Vaccination in Bombay 1913-1923 - 1913-1923
Year: 1913
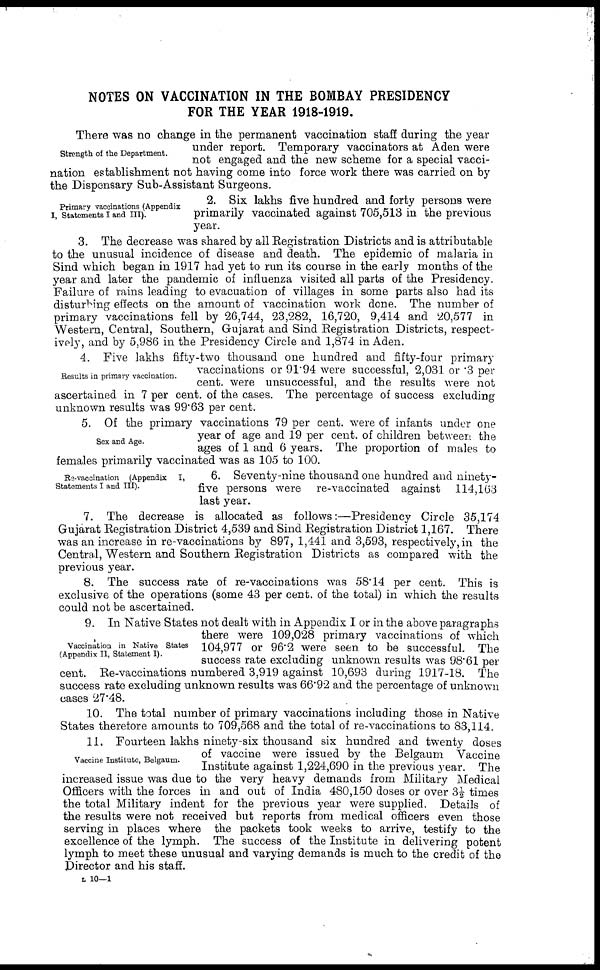
NOTES ON VACCINATION IN THE BOMBAY PRESIDENCY
FOR THE YEAR 1918-1919.
Strength of the Department.
There was no change in the permanent vaccination staff during the year
under report. Temporary vaccinators at Aden were
not engaged and the new scheme for a special vacci-
nation establishment not having come into force work there was carried on by
the Dispensary Sub-Assistant Surgeons.
Primary vaccinations (Appendix
I, Statements I and III).
2. Six lakhs five hundred and forty persons were
primarily vaccinated against 705,513 in the previous
year.
3. The decrease was shared by all Registration Districts and is attributable
to the unusual incidence of disease and death. The epidemic of malaria in
Sind which began in 1917 had yet to run its course in the early months of the
year and later the pandemic of influenza visited all parts of the Presidency.
Failure of rains leading to evacuation of villages in some parts also had its
disturbing effects on the amount of vaccination work done. The number of
primary vaccinations fell by 26,744, 23,282, 16,720, 9,414 and 20,577 in
Western, Central, Southern, Gujarat and Sind Registration Districts, respect-
ively, and by 5,986 in the Presidency Circle and 1,874 in Aden.
Results in primary vaccination.
4. Five lakhs fifty-two thousand one hundred and fifty-four primary
vaccinations or 91.94 were successful, 2,031 or .3 per
cent. were unsuccessful, and the results were not
ascertained in 7 per cent. of the cases. The percentage of success excluding
unknown results was 99.63 per cent.
Sex and Age.
5. Of the primary vaccinations 79 per cent. were of infants under one
year of age and 19 per cent. of children between the
ages of 1 and 6 years. The proportion of males to
females primarily vaccinated was as 105 to 100.
Re-vaccination (Appendix
I,
Statements I and III).
6. Seventy-nine thousand one hundred and ninety-
five persons were re-vaccinated against 114,163
last year.
7. The decrease is allocated as follows:—Presidency Circle 35,174
Gujarat Registration District 4,539 and Sind Registration District 1,167. There
was an increase in re-vaccinations by 897, 1,441 and 3,593, respectively, in the
Central, Western and Southern Registration Districts as compared with the
previous year.
8. The success rate of re-vaccinations was 58.14 per cent. This is
exclusive of the operations (some 43 per cent. of the total) in which the results
could not be ascertained.
Vaccination in Native States
(Appendix II, Statement I).
9. In Native States not dealt with in Appendix I or in the above paragraphs
there were 109,028 primary vaccinations of which
104,977 or 96.2 were seen to be successful. The
success rate excluding unknown results was 98.61 per
cent. Re-vaccinations numbered 3,919 against 10,693 during 1917-18. The
success rate excluding unknown results was 66.92 and the percentage of unknown
cases 27.48.
10. The total number of primary vaccinations including those in Native
States therefore amounts to 709,568 and the total of re-vaccinations to 83,114.
Vaccine Institute, Belgaum.
11. Fourteen lakhs ninety-six thousand six hundred and twenty doses
of vaccine were issued by the Belgaum Vaccine
Institute against 1,224,690 in the previous year. The
increased issue was due to the very heavy demands from Military Medical
Officers with the forces in and out of India 480,150 doses or over 3½ times
the total Military indent for the previous year were supplied. Details of
the results were not received but reports from medical officers even those
serving in places where the packets took weeks to arrive, testify to the
excellence of the lymph. The success of the Institute in delivering potent
lymph to meet these unusual and varying demands is much to the credit of the
Director and his staff.
L 10—1